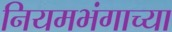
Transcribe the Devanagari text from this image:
नियमभंगाच्या